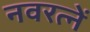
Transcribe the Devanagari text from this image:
नवरत्नें